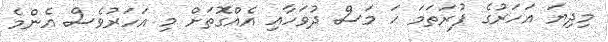
މިދިޔަ އަހަރުގެ ފުރަތަމަ ހަ މަސް ދުވަހާއި އެއްގޮތަށް މި އަހަރުވެސް އެންމެ